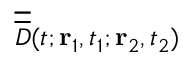
\overline { { \overline { { D } } } } ( t ; { \bf r } _ { 1 } , t _ { 1 } ; { \bf r } _ { 2 } , t _ { 2 } )